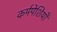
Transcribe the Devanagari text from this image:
कर्मपेशियाँ